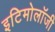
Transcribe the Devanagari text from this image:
इटिमोलॉजी